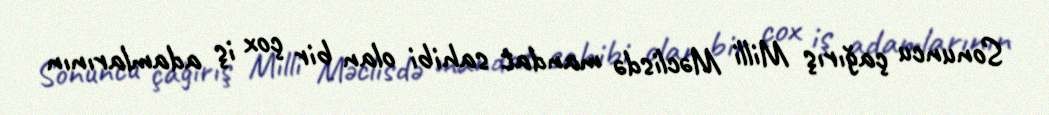
Sonuncu çağırış Milli Məclisdə mandat sahibi olan bir çox iş adamlarının